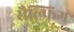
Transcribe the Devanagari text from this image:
रौल्फिंग